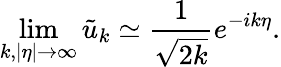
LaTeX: \operatorname*{lim}_{k,|\eta|\rightarrow\infty}\tilde{u}_{k}\simeq\frac{1}{\sqrt{2k}}e^{-ik\eta}.